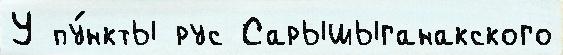
У пу́нкты рус Сарышыганакского